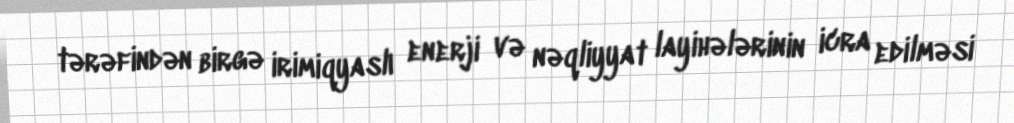
tərəfindən birgə irimiqyaslı enerji və nəqliyyat layihələrinin icra edilməsi